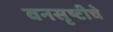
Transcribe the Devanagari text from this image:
वनसृष्टीचे